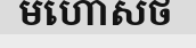
មហោសថ